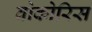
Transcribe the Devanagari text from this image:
वोकोरिस